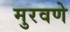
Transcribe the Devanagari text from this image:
मुरवणे